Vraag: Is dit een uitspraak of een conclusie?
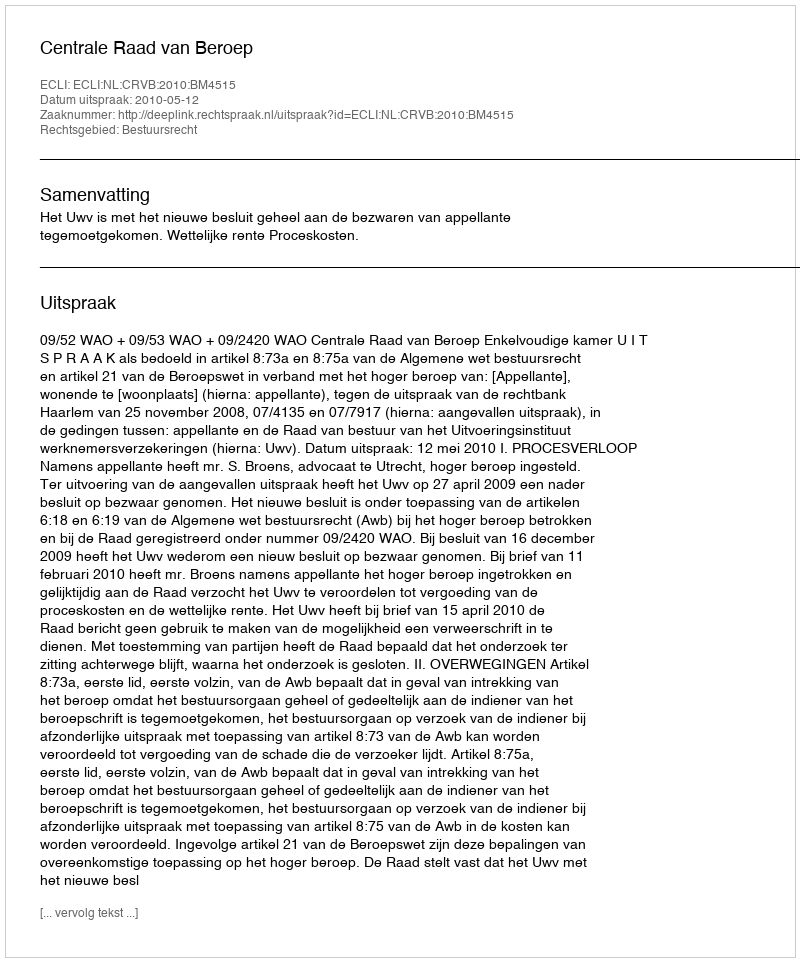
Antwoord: Uitspraak